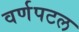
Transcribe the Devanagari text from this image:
वर्णपटल